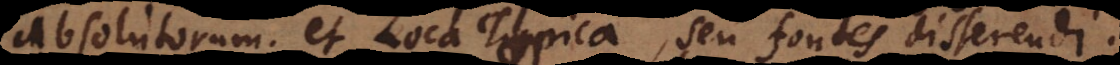
absolutorum, et Loca Topica, seu fontes disserendi.